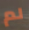
لم